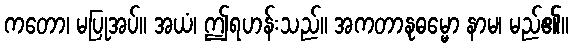
ကတော၊ မပြုအပ်။ အယံ၊ ဤရဟန်းသည်။ အကတာနုဓမ္မော နာမ၊ မည်၏။